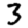
Digit: 3